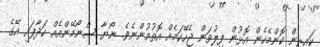
ކައިރިން ކޮންމެހެން އޮޅުން ފިލުވަން ޖެހޭކަމެއް އޮތުމުންނެވެ. ނޯޔާ ސްނޯމޭންއެއް ހަދާފައި އޭގެ